Annual administration report of the Civil Veterinary Department of India - 1898-1899
Year: 1898
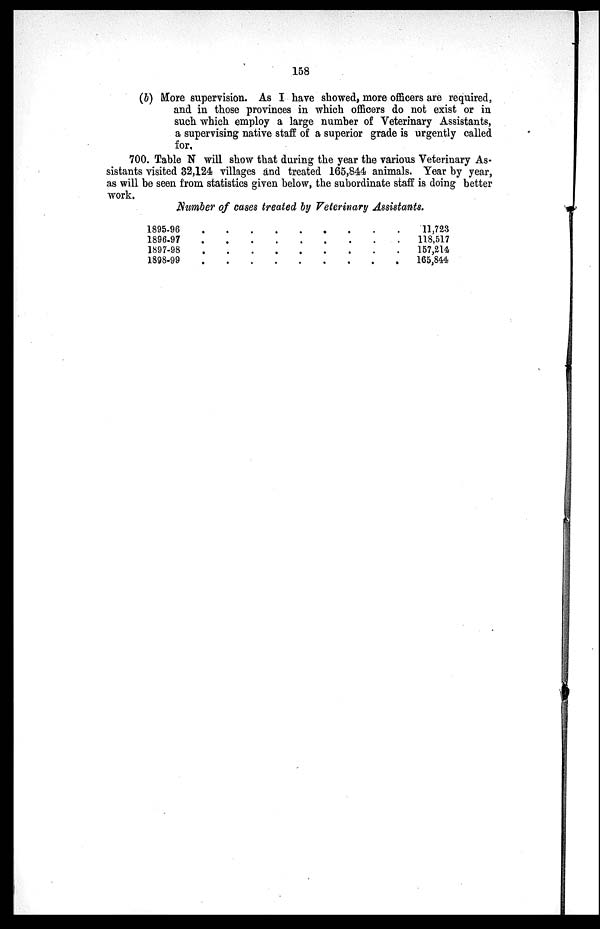
158
(b) More supervision. As I have showed, more officers are required,
and in those provinces in which officers do not exist or in
such which employ a large number of Veterinary Assistants,
a supervising native staff of a superior grade is urgently called
for,
700. Table N will show that during the year the various Veterinary As-
sistants visited 32,124 villages and treated 165,844 animals. Year by year,
as will be seen from statistics given below, the subordinate staff is doing better
work.
Number of cases treated by Veterinary Assistants.
1895-96
1896-97
1897-98
1898-99
.
.
.
.
.
.
.
.
.
.
.
.
.
.
.
.
.
.
.
.
.
.
.
.
.
.
.
.
.
.
.
.
.
.
.
.
11,723
118,517
157,214
165,844